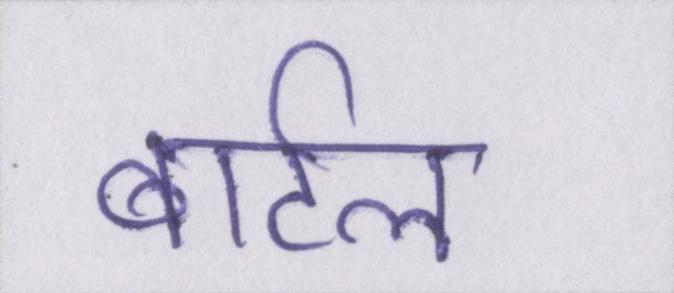
बार्टल